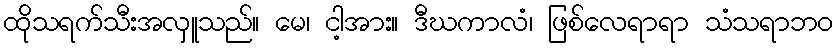
ထိုသရက်သီးအလှူသည်။ မေ၊ ငါ့အား။ ဒီဃကာလံ၊ ဖြစ်လေရာရာ သံသရာဘဝ